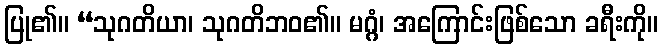
ပြု၏။ “သုဂတိယာ၊ သုဂတိဘဝ၏။ မဂ္ဂံ၊ အကြောင်းဖြစ်သော ခရီးကို။